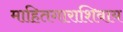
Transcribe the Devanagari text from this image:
माहितगाराशिवाय